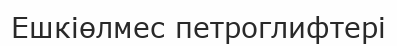
Ешкіөлмес петроглифтері